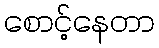
စောင့်နေတာ